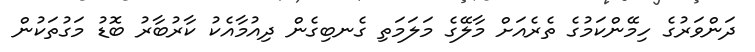
ދަންވަރުގެ ހިމޭންކަމުގެ ތެރެއަށް މާލޭގެ މަަލަމަތި ގެނބިގެން ދިއުމާއެކު ކާރުބާރު ބޮޑު މަގުތަކުން